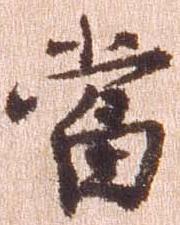
当